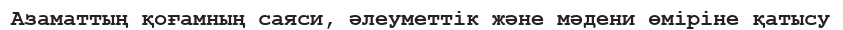
Азаматтың қоғамның саяси, әлеуметтік және мәдени өміріне қатысу